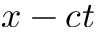
x - c t